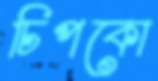
চিপকো